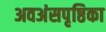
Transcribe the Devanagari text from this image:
अवअंसपृष्ठिका